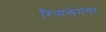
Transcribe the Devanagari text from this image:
रिप्‍पलेमेयर